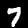
Digit: 7